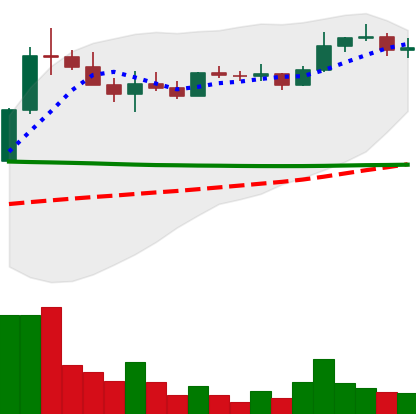
Ticker: ETC-USD
Chart end date: 2022-08-15
Forward return: -21.749%
Label: down_7plus